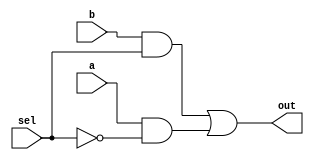
module twowaymux(input a, input b, input sel, output out);
wire w1, w2, sbar;

and (w1, b, sel), (w2, a, sbar);
not (sbar, sel);
or (out, w1, w2);
endmodule